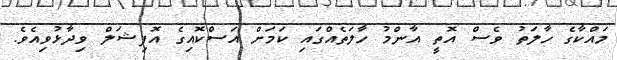
މައްކާގެ ހާލަތު ވެސް އޮތީ އާންމު ހާލަތެއްގައި ކަމަށް އަސްކޮއިގެ އޮފިޝަލް ވިދާޅުވިއެވެ.